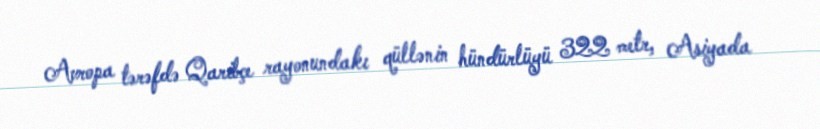
Avropa tərəfdə Qaribçe rayonundakı qüllənin hündürlüyü 322 metr, Asiyada